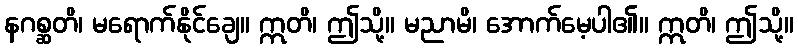
နဂစ္ဆတိ၊ မရောက်နိုင်ချေ။ ဣတိ၊ ဤသို့။ မညာမိ၊ အောက်မေ့ပါ၏။ ဣတိ၊ ဤသို့။